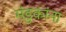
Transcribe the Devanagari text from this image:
मंडुकांना